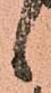
候